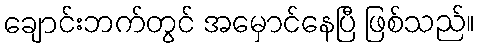
ချောင်းဘက်တွင် အမှောင်နေပြီ ဖြစ်သည်။